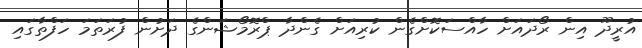
އުރީދޫ އިން ރޯދައަށް ހާއްސަކޮށްގެން ކުރިއަށް ގެންދާ ޕްރޮމޯޝަންގެ ދަށުން ފުރަތަމަ ހަފްތާގައި